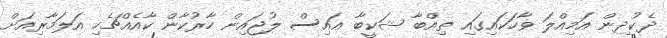
ދެކުދިން އަމިއްލަ ވާހަކައިގައި ތިއްބާ ޝަކީބާ އައިސް ލުޖައިން ހާރުކާން ކާއެއްޗެހި އަލަމާރިއަށް